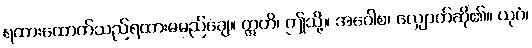
ရထားထောက်သည်ရထားမမည်ချေ။ ဣတိ၊ ဤသို့။ အဝေါစ၊ လျှောက်ဆို၏။ ယုဂံ၊